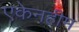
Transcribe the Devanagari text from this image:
एकेनहीम